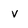
Character: v